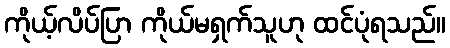
ကိုယ့်လိပ်ပြာ ကိုယ်မရှက်သူဟု ထင်ပုံရသည်။